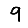
Digit: 9